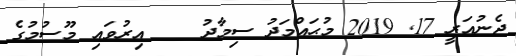
ޖެނުއަރީ 17